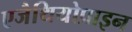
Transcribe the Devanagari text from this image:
एजैथियोप्राइन